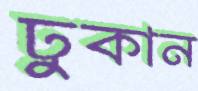
ঢুকান